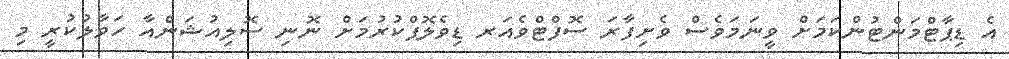
އެ ޑިޕާޓްމަންޓުންކަމަށް ވީނަމަވެސް ވެށިފާރަ ސޮފްޓްވެއަރ ޑިވެލޮޕްކުރުމަށް ނޮނި ސޮލިއުޝަންއާ ހަވާލުކުރީ މި